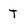
Character: T